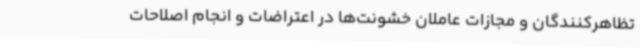
تظاهرکنندگان و مجازات عاملان خشونت‌ها در اعتراضات و انجام اصلاحات